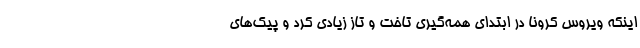
اینکه ویروس کرونا در ابتدای همه‌گیری تاخت و تاز زیادی کرد و پیک‌های